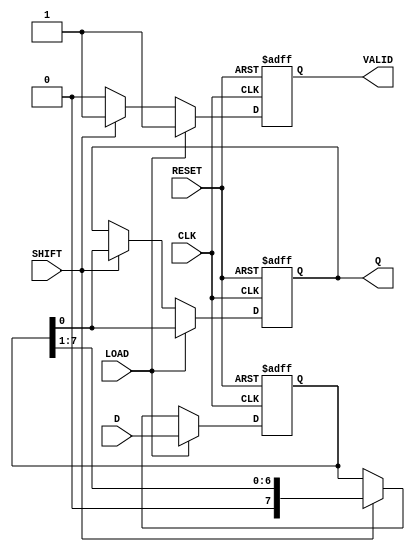
module PISO_Register #(
    parameter n = 8  // Parameter for defining the width of the register
) (
    input  wire [n-1:0] D,       // Parallel data input
    input  wire LOAD,             // Load signal
    input  wire SHIFT,            // Shift signal
    input  wire CLK,              // Clock signal
    input  wire RESET,            // Reset signal
    output reg  Q,                // Serial output
    output reg  VALID             // Shifted data valid signal
);

    // Internal shift register
    reg [n-1:0] SR;

    // Sequential logic
    always @(posedge CLK or posedge RESET) begin
        if (RESET) begin
            // Reset the shift register
            SR <= {n{1'b0}};
            Q <= 1'b0;
            VALID <= 1'b0;
        end else begin
            if (LOAD) begin
                // Load parallel data into shift register
                SR <= D;
                Q <= SR[0];  // Output LSB
                VALID <= 1'b1; // Valid data after loading
            end else if (SHIFT) begin
                // Shift operation
                Q <= SR[0];  // Output LSB
                SR <= {1'b0, SR[n-1:1]}; // Shift right and fill MSB with 0
                VALID <= 1'b1; // Valid data after shifting
            end else begin
                VALID <= 1'b0; // No valid data if neither LOAD nor SHIFT
            end
        end
    end
endmodule